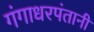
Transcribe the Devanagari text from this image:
गंगाधरपंतानी